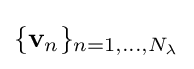
\{\mathbf {v} _{n}\}_{n=1,\dots ,N_{\lambda }}